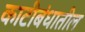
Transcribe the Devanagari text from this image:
काटीबंधातील